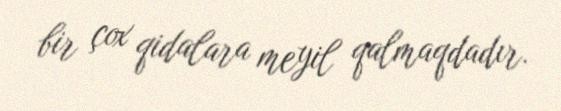
bir çox qidalara meyil qalmaqdadır.